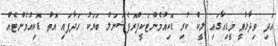
އަދި ވިދާޅުވީ މީޑިއާގައި ލީކް ކުރި ޑޮކިއުމެންޓަކީޕްރޮފެޝަނަލް ބަޔަކު ހަދާފައި އޮތް ޑޮކިއުމެންޓެއް